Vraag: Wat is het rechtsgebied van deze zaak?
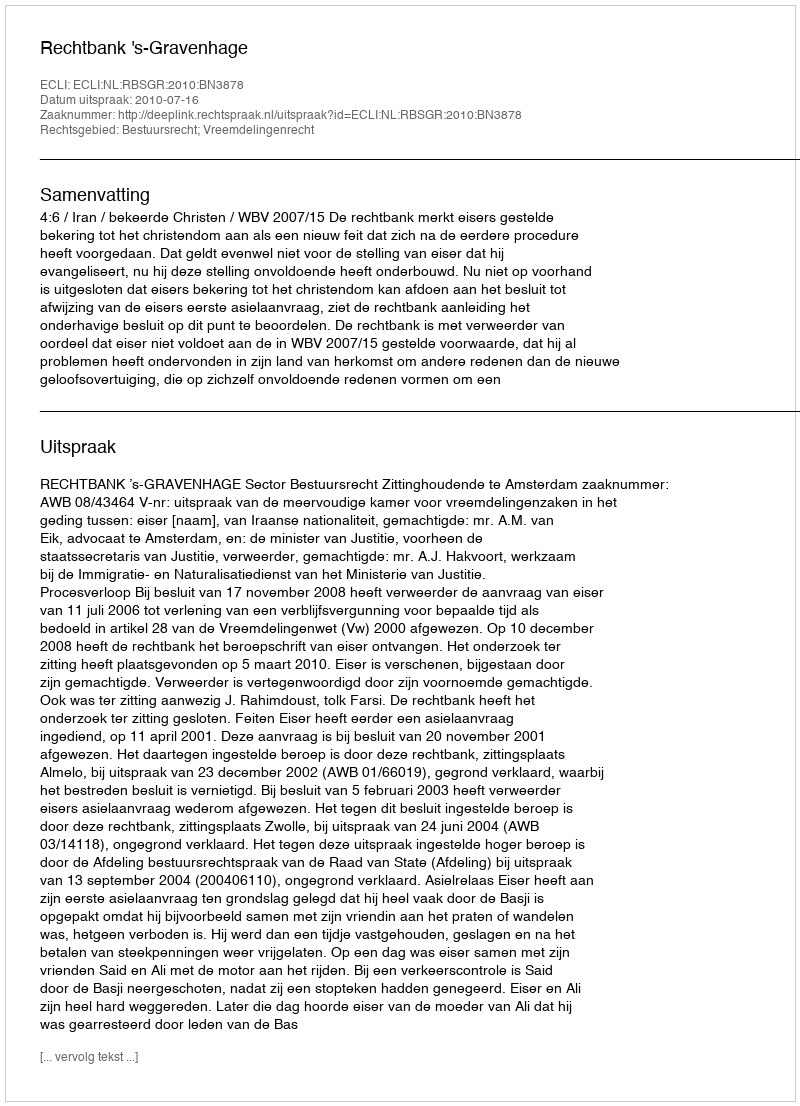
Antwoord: Bestuursrecht; Vreemdelingenrecht